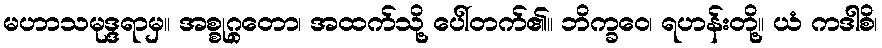
မဟာသမုဒ္ဒရာမှ။ အစ္စုဂ္ဂတော၊ အထက်သို့ ပေါ်တက်၏။ ဘိက္ခဝေ၊ ရဟန်းတို့။ ယံ ကဒါစိ၊